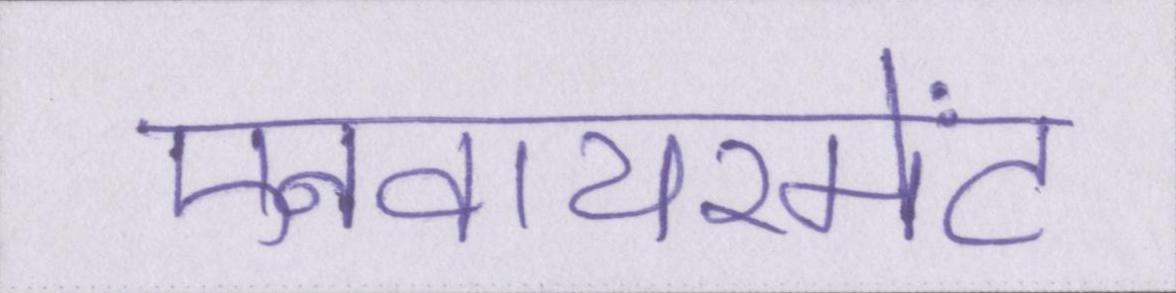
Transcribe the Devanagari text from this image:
एनवायरमेंट